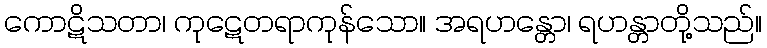
ကောဋိသတာ၊ ကုဋေတရာကုန်သော။ အရဟန္တော၊ ရဟန္တာတို့သည်။